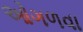
ઓગળવા